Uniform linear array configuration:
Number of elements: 8
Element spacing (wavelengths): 1
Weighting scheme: cosine
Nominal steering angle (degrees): -15
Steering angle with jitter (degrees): -16.576
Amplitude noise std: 0.05
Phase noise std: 0.05

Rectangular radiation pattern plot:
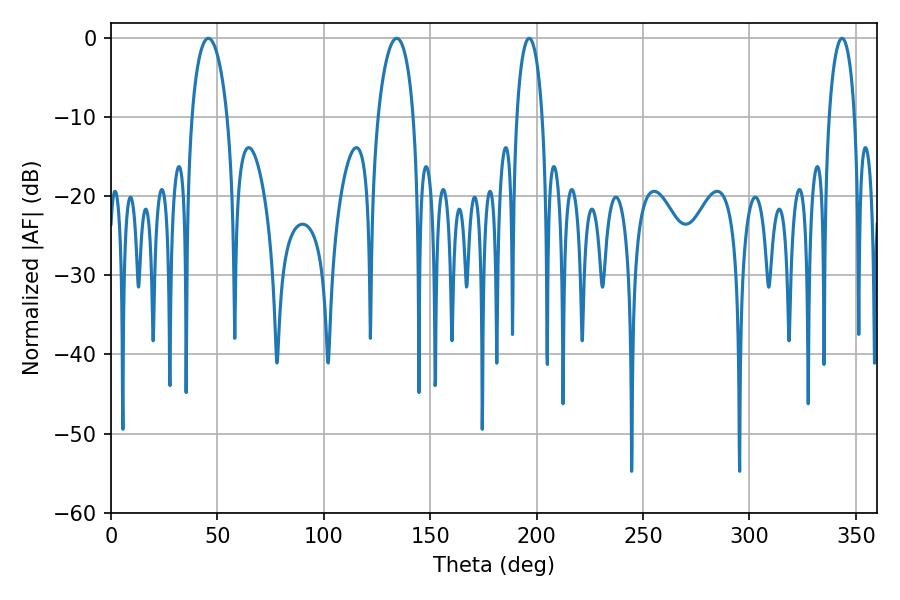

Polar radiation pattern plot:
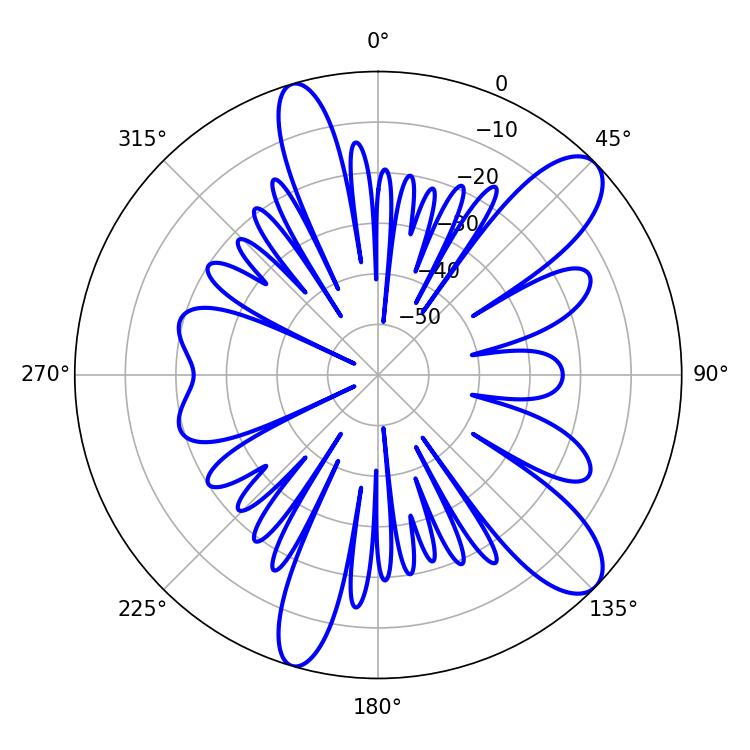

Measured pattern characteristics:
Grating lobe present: TRUE
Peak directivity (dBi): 10.408
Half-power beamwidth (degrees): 9.54
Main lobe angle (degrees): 45.72